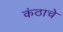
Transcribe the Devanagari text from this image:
कंठाचे